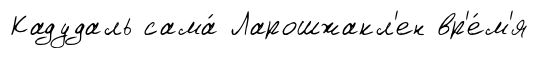
Кадудаль сама́ Ларошжакл'ен вр'е́м'я